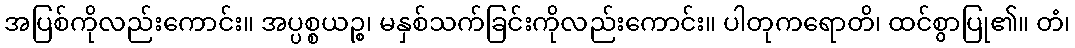
အပြစ်ကိုလည်းကောင်း။ အပ္ပစ္စယဉ္စ၊ မနှစ်သက်ခြင်းကိုလည်းကောင်း။ ပါတုကရောတိ၊ ထင်စွာပြု၏။ တံ၊